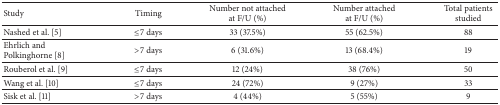
<table><thead><tr><td><b>Study</b></td><td><b>Timing</b></td><td><b>Number not attached at F/U (%)</b></td><td><b>Number attached at F/U (%)</b></td><td><b>Total patients studied</b></td></tr></thead><tbody><tr><td>Nashed et al. [5]</td><td>≤7 days</td><td>33 (37.5%)</td><td>55 (62.5%)</td><td>88</td></tr><tr><td> Ehrlich and Polkinghorne [8]</td><td>&gt;7 days</td><td>6 (31.6%)</td><td>13 (68.4%)</td><td>19</td></tr><tr><td>Rouberol et al. [9]</td><td>≤7 days</td><td>12 (24%)</td><td>38 (76%)</td><td>50</td></tr><tr><td>Wang et al. [10]</td><td>≤7 days</td><td>24 (72%)</td><td>9 (27%)</td><td>33</td></tr><tr><td>Sisk et al. [11]</td><td>&gt;7 days</td><td>4 (44%)</td><td>5 (55%)</td><td>9</td></tr></tbody></table>